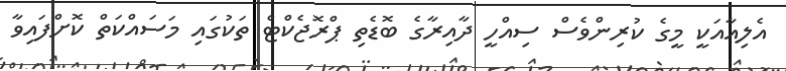
އެލިއާއަކީ މީގެ ކުރިންވެސް ސިއްހީ ދާއިރާގެ ބޮޑެތި ޕްރޮޖެކްޓް ތަކުގައި މަސައްކަތް ކޮށްފައިވާ